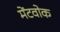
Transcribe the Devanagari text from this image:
मेंटवोक